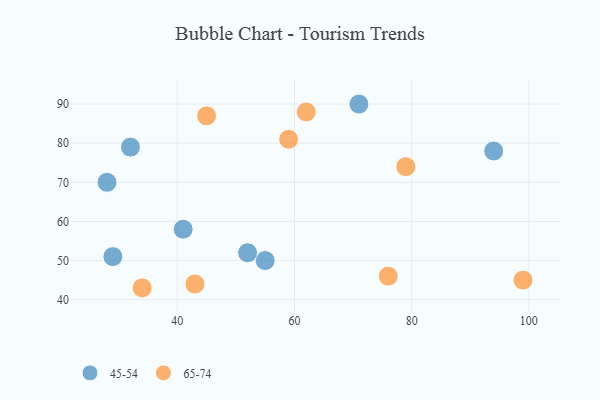
{"axis": {"x": "GDP", "y": "Life Expectancy"}, "legend": ["45-54", "65-74"], "data": [{"x": "55", "y": 50, "type": "45-54"}, {"x": "52", "y": 52, "type": "45-54"}, {"x": "71", "y": 90, "type": "45-54"}, {"x": "28", "y": 70, "type": "45-54"}, {"x": "29", "y": 51, "type": "45-54"}, {"x": "94", "y": 78, "type": "45-54"}, {"x": "32", "y": 79, "type": "45-54"}, {"x": "41", "y": 58, "type": "45-54"}, {"x": "34", "y": 43, "type": "65-74"}, {"x": "43", "y": 44, "type": "65-74"}, {"x": "99", "y": 45, "type": "65-74"}, {"x": "45", "y": 87, "type": "65-74"}, {"x": "59", "y": 81, "type": "65-74"}, {"x": "62", "y": 88, "type": "65-74"}, {"x": "79", "y": 74, "type": "65-74"}, {"x": "76", "y": 46, "type": "65-74"}]}